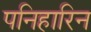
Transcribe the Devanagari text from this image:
पनिहारिन